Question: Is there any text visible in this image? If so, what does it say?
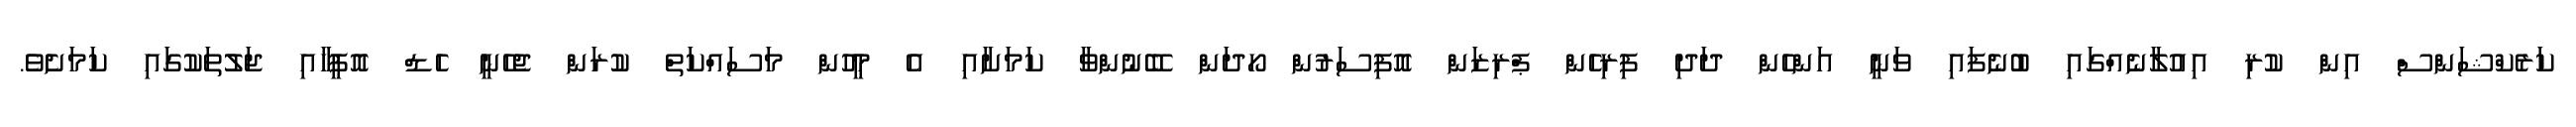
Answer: ކަރެކްޝަންސް އިން ކުރި އިއުލާނެއްގައި ބުނެފައި ވަނީ އަންހެން ދަދި ފިރިހެން ޕްރިޒަން އޮފިސަރުން ހޯދަން ބޭނުންވާ ކަމަށާއި އެ މީހުން މަސައްކަތް ކުރަން ޖެހެނީ ހެޑް އޮފީހާއި ޖަލުތަކުގައި ކަމަށެވެ.